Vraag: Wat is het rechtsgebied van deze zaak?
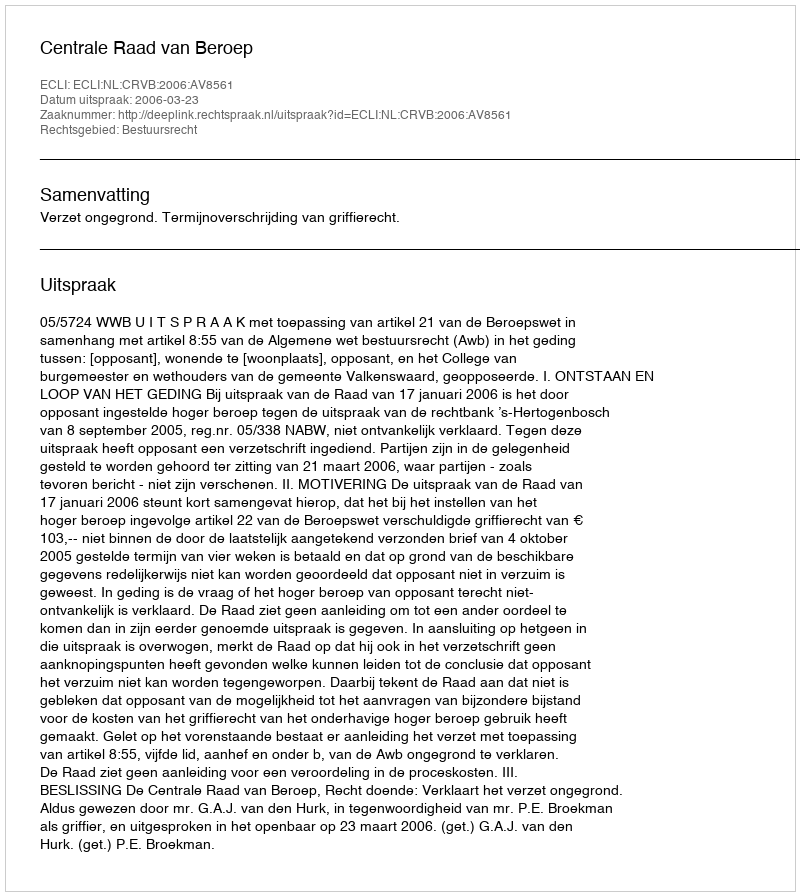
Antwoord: Bestuursrecht